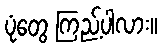
ပုံတွေ ကြည့်ပါလား။